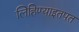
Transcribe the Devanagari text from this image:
लिहिण्याइतपत